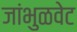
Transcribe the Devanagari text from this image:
जांभुळवेट